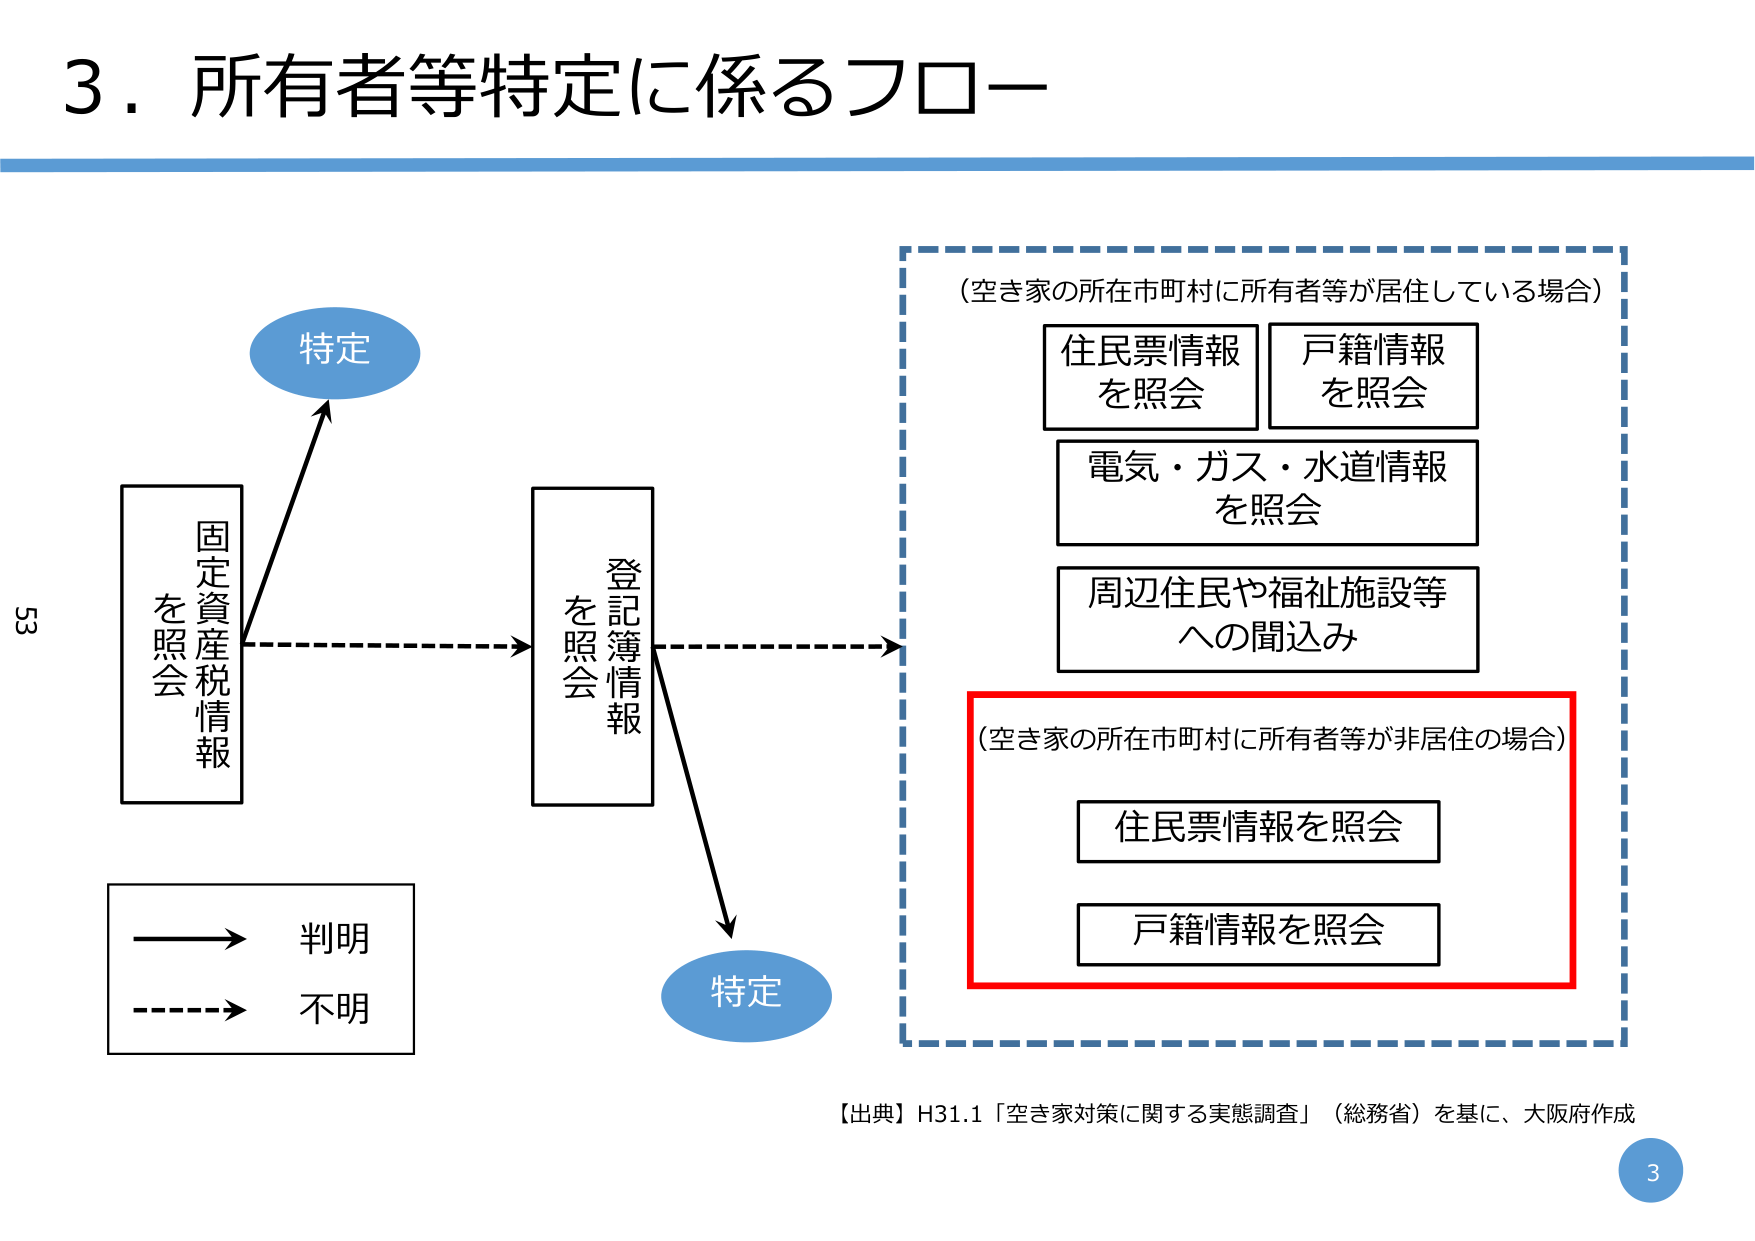
3．所有者等特定に係るフロー

（空き家の所在市町村に所有者等が居住している場合）
住民票情報を照会
戸籍情報を照会
電気・ガス・水道情報を照会
周辺住民や福祉施設等への間込み

（空き家の所在市町村に所有者等が非居住の場合）
住民票情報を照会
戸籍情報を照会

固定資産税情報を照会
登記簿情報を照会

→ 判明
→ 不明

特定
特定

【出典】H31.1「空き家対策に関する実態調査」（総務省）を基に、大阪府作成

53
3